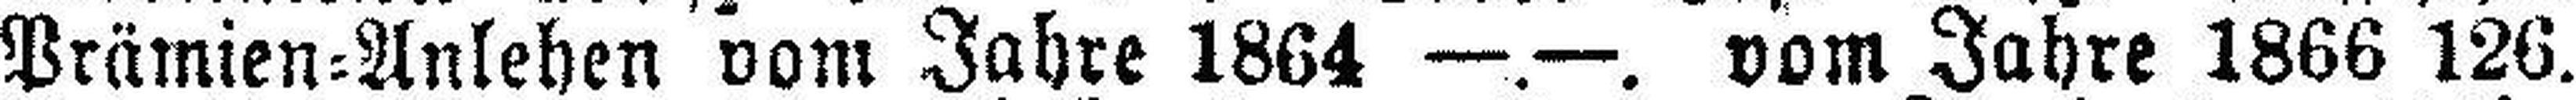
Prämien=Anlehen vom Jahre 1864 —.—. vom Jahre 1866 126.